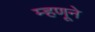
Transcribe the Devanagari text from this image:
म्हणूने